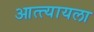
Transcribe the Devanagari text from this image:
आत्त्यायला